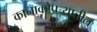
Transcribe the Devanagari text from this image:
कानाकोपर्‍यातील